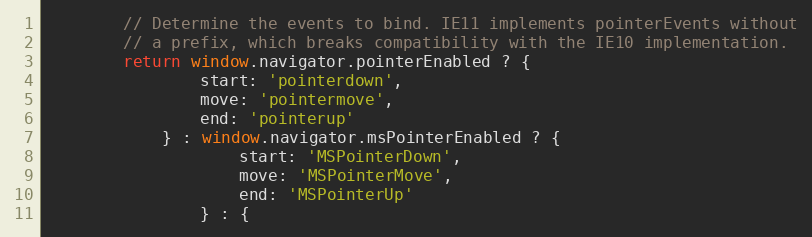
Language: JavaScript
        // Determine the events to bind. IE11 implements pointerEvents without
        // a prefix, which breaks compatibility with the IE10 implementation.
        return window.navigator.pointerEnabled ? {
                start: 'pointerdown',
                move: 'pointermove',
                end: 'pointerup'
            } : window.navigator.msPointerEnabled ? {
                    start: 'MSPointerDown',
                    move: 'MSPointerMove',
                    end: 'MSPointerUp'
                } : {